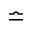
\bumpeq